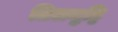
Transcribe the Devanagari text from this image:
तिलमुट्ठि